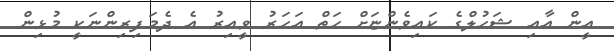
އީން އާއި ޝަހުލްގެ ކައިވެންޏަށް ހަތް އަހަރު ވީއިރު އެ ދެމަފިރިންނަކީ މުޅިން